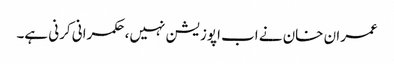
عمران خان نے اب اپوزیشن نہیں، حکمرانی کرنی ہے۔